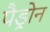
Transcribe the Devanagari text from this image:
पैड्रोन